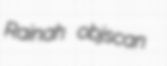
Rainah objscan